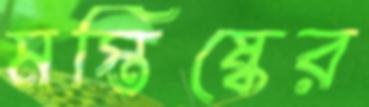
মস্তিষ্কের